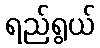
ရည်ရွယ်